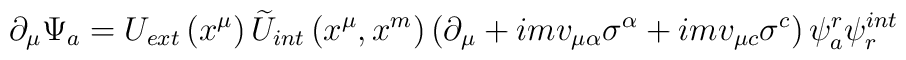
\partial _{\mu }\Psi _{a}=U_{ext}\left( x^{\mu }\right) \widetilde{U}_{int}\left( x^{\mu },x^{m}\right) \left( \partial _{\mu }+imv_{\mu \alpha}\sigma ^{\alpha }+imv_{\mu c}\sigma ^{c}\right) \psi _{a}^{r}\psi _{r}^{int}